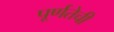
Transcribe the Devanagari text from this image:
पूर्णतेची